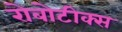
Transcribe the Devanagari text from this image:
रोबोटीक्स